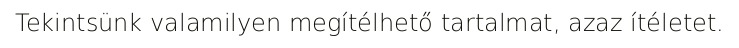
Tekintsünk valamilyen megítélhető tartalmat, azaz ítéletet.